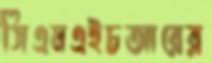
সিএমএইচআরের